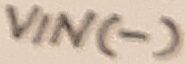
Text: VIN(-)